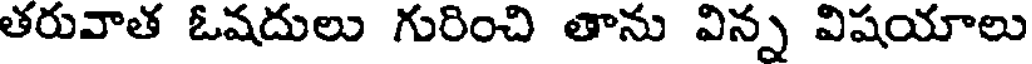
తరువాత ఓషదులు గురించి తాను విన్న విషయాలు